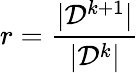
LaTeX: r=\frac{|\mathcal{D}^{k+1}|}{|\mathcal{D}^{k}|}